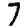
Digit: 7